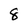
Character: 8